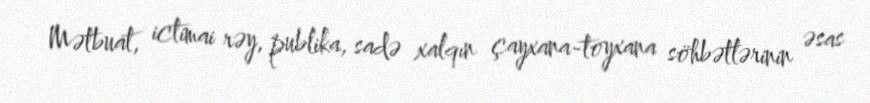
Mətbuat, ictimai rəy, publika, sadə xalqın çayxana-toyxana söhbətlərinin əsas